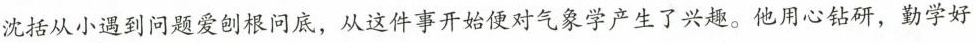
沈括从小遇到问题爱刨根问底，从这件事开始便对气象学产生了兴趣。他用心钻研，勤学好